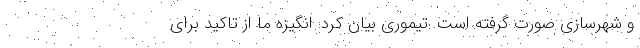
و شهرسازی صورت گرفته است. تیموری بیان کرد: انگیزه ما از تاکید برای